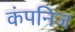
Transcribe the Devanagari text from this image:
कंपनिज